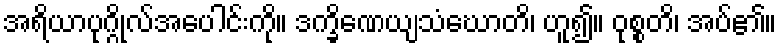
အရိယာပုဂ္ဂိုလ်အပေါင်းကို။ ဒက္ခိဏေယျသံဃောတိ၊ ဟူ၍။ ဝုစ္စတိ၊ အပ်၏။